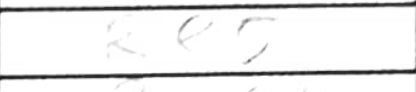
Transcription: Re5